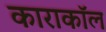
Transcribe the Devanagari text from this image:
काराकॉल